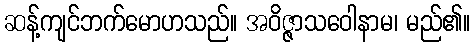
ဆန့်ကျင်ဘက်မောဟသည်။ အဝိဇ္ဇာသဝေါနာမ၊ မည်၏။